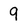
Character: 9